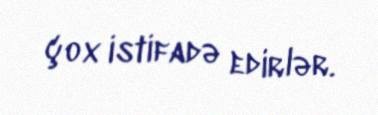
çox istifadə edirlər.